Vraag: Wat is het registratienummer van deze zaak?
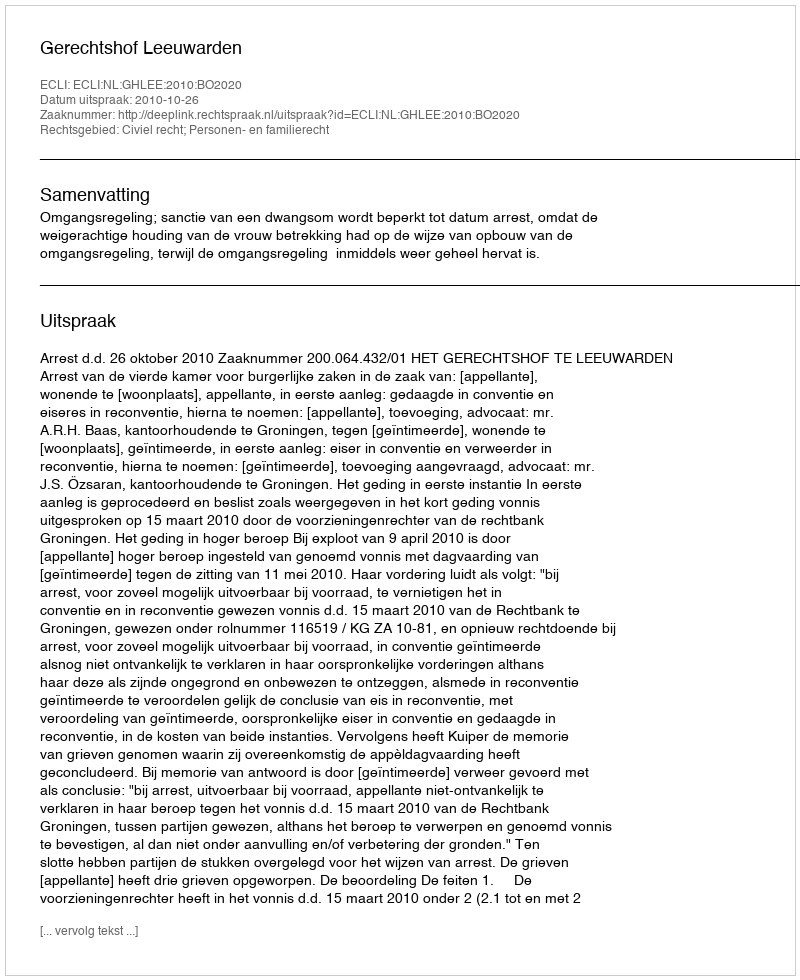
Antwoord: http://deeplink.rechtspraak.nl/uitspraak?id=ECLI:NL:GHLEE:2010:BO2020